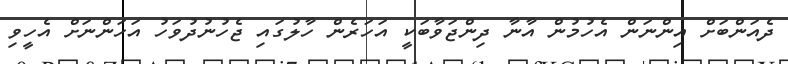
ދެއަންބަށް އިންނަން އެހުމުން އާނާ ދިންޖަވާބަކީ އަހަރެން ހާލުގައި ޖެހުނުދުވަހު އަހަންނަށް އެހީވި